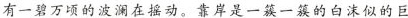
有一碧万顷的波澜在摇动。靠岸是一簇一簇的白沫似的巨